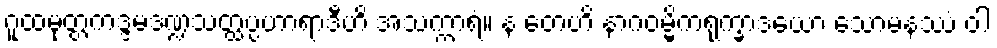
ဂူထမုတ္တကဒ္ဒမဒဏ္ဍသတ္ထပ္ပဟာရာဒီဟိ အသက္ကာရံ။ န တေဟိ နာဂဝမ္မိကရုက္ခာဒယော သောမနဿံ ဝါ